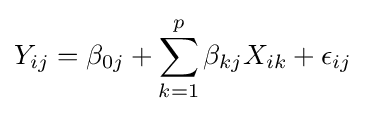
Y_{ij}=\beta _{0j}+\sum \limits _{k=1}^{p}{\beta _{kj}X_{ik}}+\epsilon _{ij}